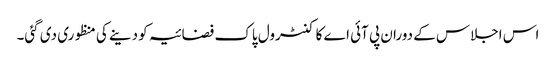
اس اجلاس کے دوران پی آئی اے کا کنٹرول پاک فضائیہ کو دینے کی منظوری دی گئی۔